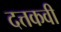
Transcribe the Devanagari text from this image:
दत्तकवी